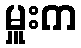
မှူးက